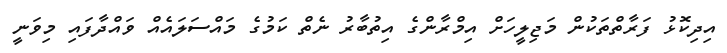
އިދިކޮޅު ފަރާތްތަކުން މަޖިލީހަށް އިމްރާންގެ އިތުބާރު ނެތް ކަމުގެ މައްސަލައެއް ވައްދާފައި މިވަނީ